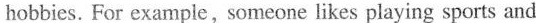
hobbies. For example, someone likes playing sports and